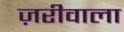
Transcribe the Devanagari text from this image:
ज़रीवाला